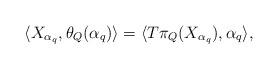
LaTeX: \begin{align*} \langle X_{\alpha_q}, \theta_Q(\alpha_q)\rangle=\langle T\pi_Q(X_{\alpha_q}),\alpha_q\rangle,\end{align*}